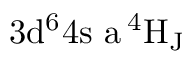
\mathrm { 3 d ^ { 6 } 4 s \ a \, ^ { 4 } H _ { J } }